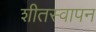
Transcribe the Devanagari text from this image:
शीतस्वापन